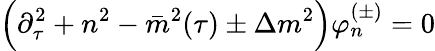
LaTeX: \Big(\partial_{\tau}^{2}+n^{2}-\bar{m}^{2}(\tau)\pm\Delta m^{2}\Big)\varphi_{n}^{(\pm)}=0